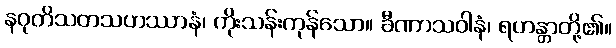
နဝုတိသတသဟဿာနံ၊ ကိုးသန်းကုန်သော။ ခီဏာသဝါနံ၊ ရဟန္တာတို့၏။